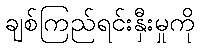
ချစ်ကြည်ရင်းနှီးမှုကို